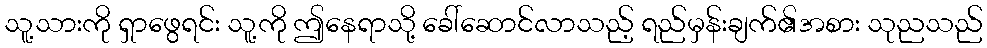
သူ့သားကို ရှာဖွေရင်း သူ့ကို ဤနေရာသို့ ခေါ်ဆောင်လာသည့် ရည်မှန်းချက်၏အစား သုညသည်